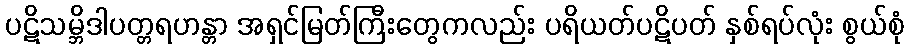
ပဋိသမ္ဘိဒါပတ္တရဟန္တာ အရှင်မြတ်ကြီးတွေကလည်း ပရိယတ်ပဋိပတ် နှစ်ရပ်လုံး စွယ်စုံ